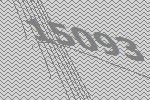
15093